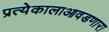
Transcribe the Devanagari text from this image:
प्रत्येकालाआवडणारा